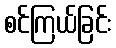
စင်ကြယ်ခြင်း